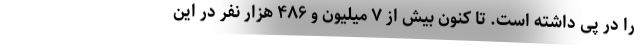
را در پی داشته است. تا کنون بیش از ۷ میلیون و ۴۸۶ هزار نفر در این